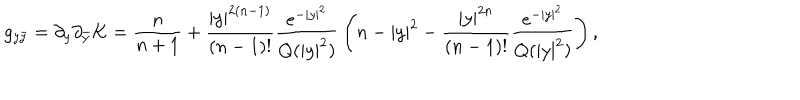
g _ { y \bar { y } } = \partial _ { y } \partial _ { \bar { y } } K = \frac n { n + 1 } + { \frac { | y | ^ { 2 ( n - 1 ) } } { ( n - 1 ) ! } } { \frac { e ^ { - | y | ^ { 2 } } } { Q ( | y | ^ { 2 } ) } } \left( n - | y | ^ { 2 } - { \frac { | y | ^ { 2 n } } { ( n - 1 ) ! } } { \frac { e ^ { - | y | ^ { 2 } } } { Q ( | y | ^ { 2 } ) } } \right) ,